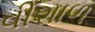
વીશાળ